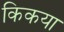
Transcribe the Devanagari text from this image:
किकया